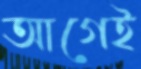
আগেই